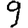
Digit: 9